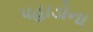
પહાડોના